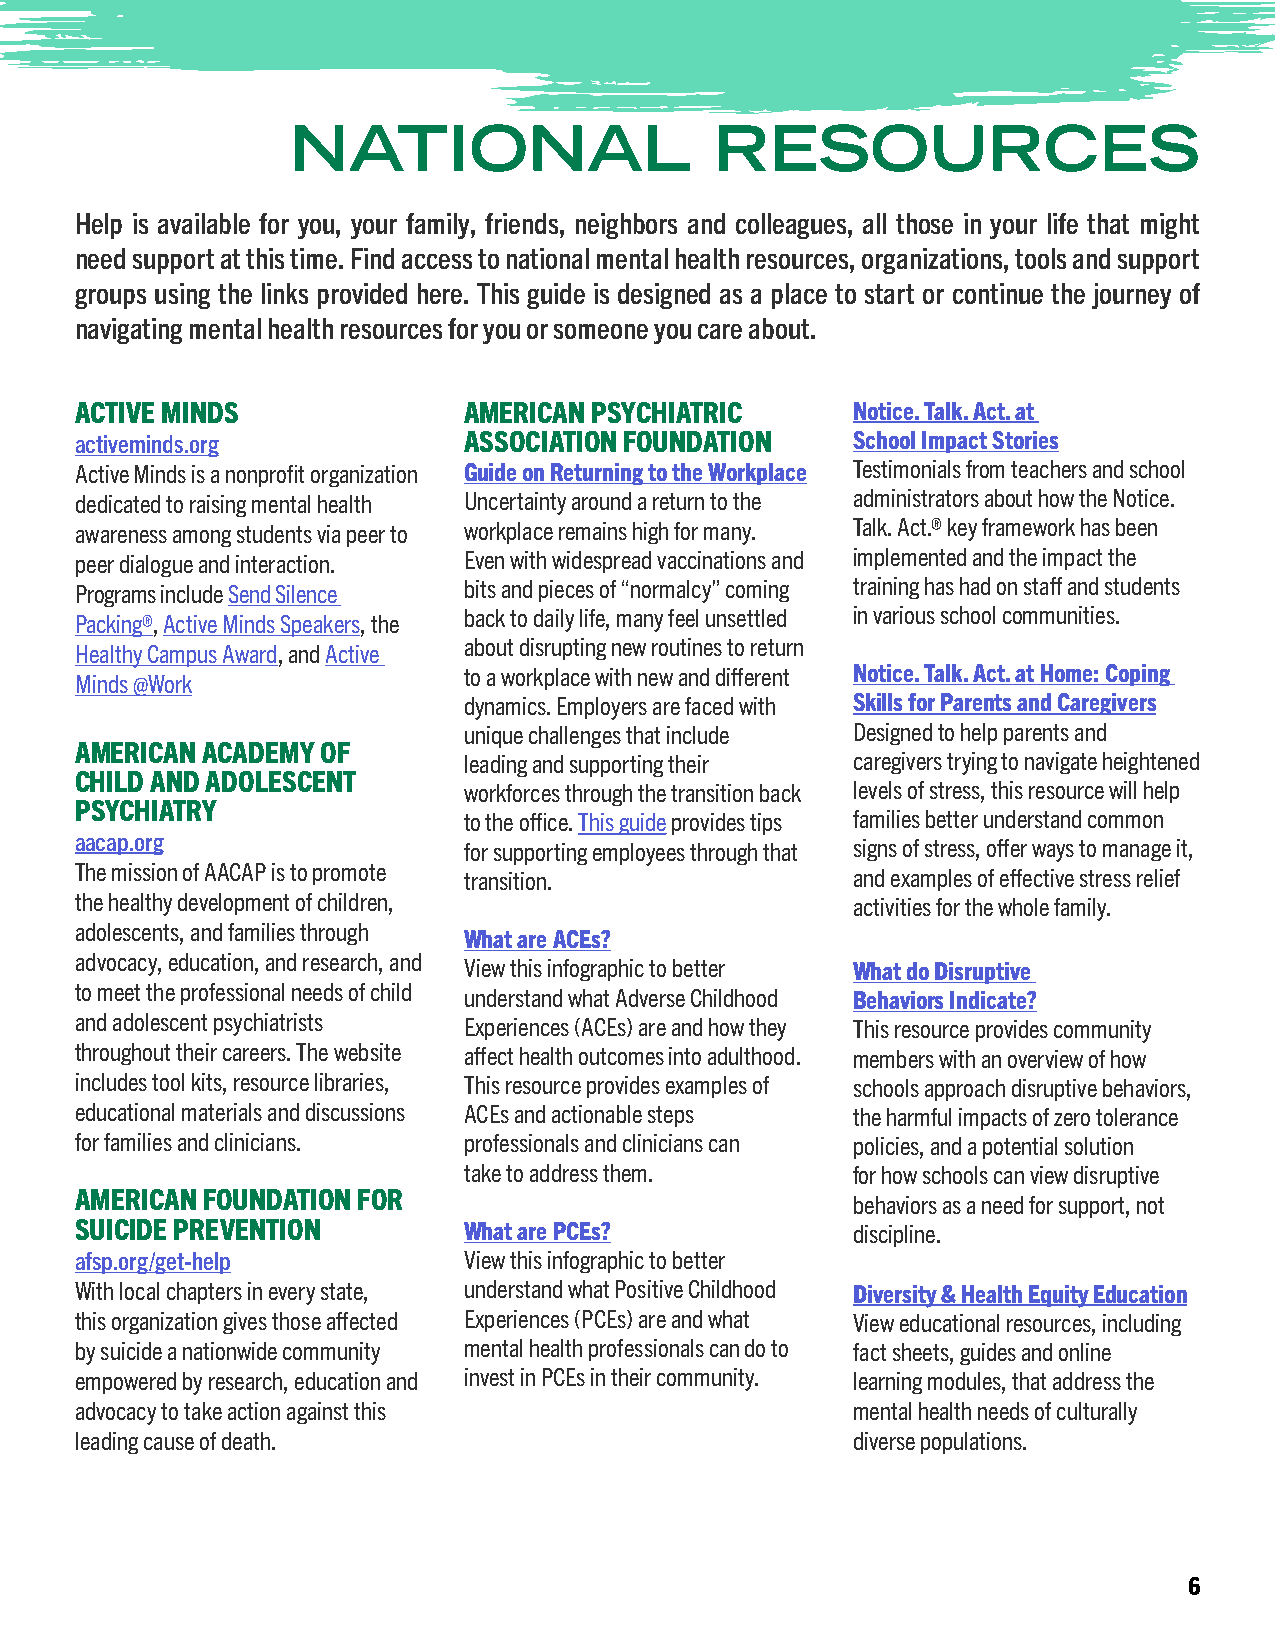
NATIONAL                    RESOURCES
 Help is available for you, your family, friends, neighbors and colleagues, all those in your life that might
 need support at this time. Find access to national mental health resources, organizations, tools and support
 groups using the links provided here. This guide is designed as a place to start or continue the journey of
 navigating mental health resources for you or someone you care about.
 ACTIVE MINDS              AMERICAN PSYCHIATRIC     Notice. Talk. Act. at
 activeminds.org           ASSOCIATION FOUNDATION   School Impact Stories
 Active Minds is a nonprofit organization Guide on Returning to the Workplace Testimonials from teachers and school
 dedicated to raising mental health Uncertainty around a return to the administrators about how the Notice.
 awareness among students via peer to workplace remains high for many. Talk. Act.® key framework has been
 peer dialogue and interaction. Even with widespread vaccinations and implemented and the impact the
 Programs include Send Silence bits and pieces of “normalcy” coming training has had on staff and students
 Packing®, Active Minds Speakers, the back to daily life, many feel unsettled in various school communities.
 about disrupting new routines to return
 Healthy Campus Award, and Active
 to a workplace with new and different Notice. Talk. Act. at Home: Coping
 Minds @Work
 dynamics. Employers are faced with Skills for Parents and Caregivers
 unique challenges that include Designed to help parents and
 AMERICAN ACADEMY OF
 leading and supporting their caregivers trying to navigate heightened
 CHILD AND ADOLESCENT
 workforces through the transition back levels of stress, this resource will help
 PSYCHIATRY
 to the office. This guide provides tips families better understand common
 aacap.org
 for supporting employees through that signs of stress, offer ways to manage it,
 The mission of AACAP is to promote transition.     and examples of effective stress relief
 the healthy development of children,               activities for the whole family.
 adolescents, and families through
 What are ACEs?
 advocacy, education, and research, and
 View this infographic to better What do Disruptive
 to meet the professional needs of child understand what Adverse Childhood Behaviors Indicate?
 and adolescent psychiatrists Experiences (ACEs) are and how they This resource provides community
 throughout their careers. The website affect health outcomes into adulthood. members with an overview of how
 includes tool kits, resource libraries, This resource provides examples of schools approach disruptive behaviors,
 educational materials and discussions ACEs and actionable steps the harmful impacts of zero tolerance
 for families and clinicians. professionals and clinicians can policies, and a potential solution
 take to address them.    for how schools can view disruptive
 AMERICAN FOUNDATION FOR
 behaviors as a need for support, not
 SUICIDE PREVENTION        What are PCEs?           discipline.
 afsp.org/get-help         View this infographic to better
 With local chapters in every state, understand what Positive Childhood Diversity & Health Equity Education
 this organization gives those affected Experiences (PCEs) are and what View educational resources, including
 by suicide a nationwide community mental health professionals can do to fact sheets, guides and online
 empowered by research, education and invest in PCEs in their community. learning modules, that address the
 advocacy to take action against this               mental health needs of culturally
 leading cause of death.                            diverse populations.
 6